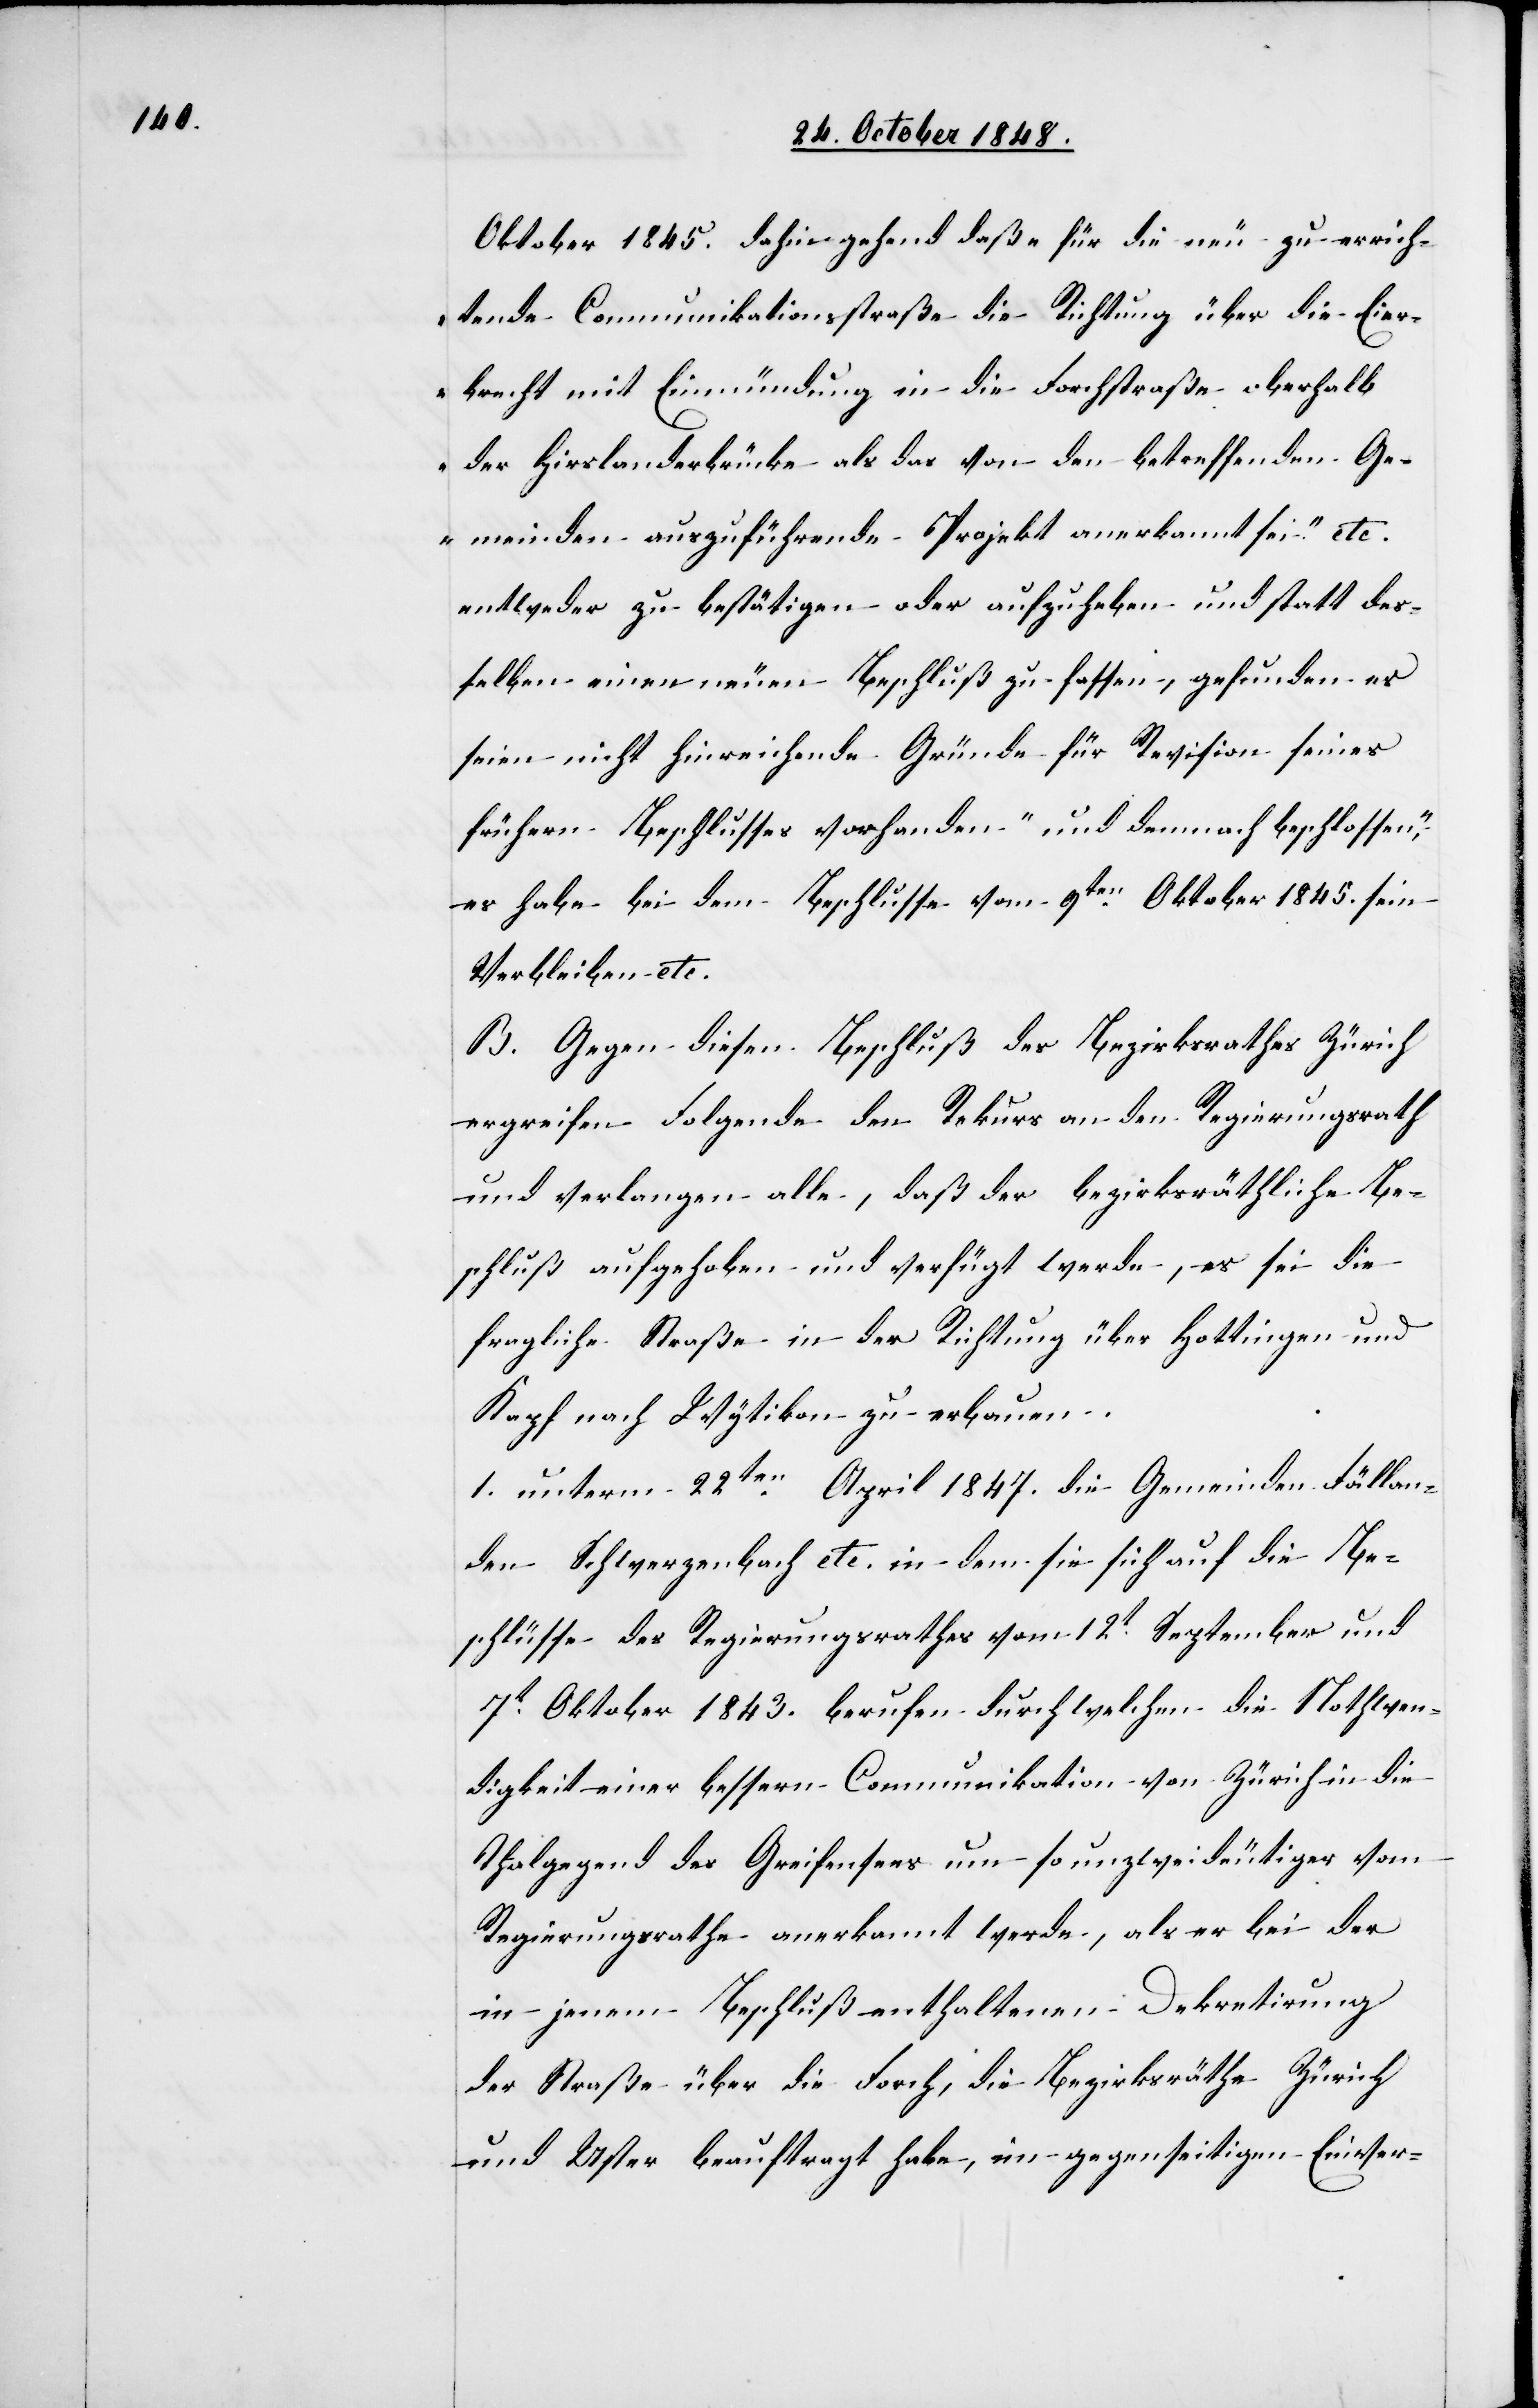
Oktober 1845. dahin gehend daß „für die neu zu errich¬
tende Communikationsstraße die Richtung über die Eier¬
brecht mit Einmündung in die Forchstraße oberhalb
der Hirslanderbrücke als das von den betreffenden Ge¬
meinden anzuführende Projekt anerkannt sei.“ etc.
entweder zu bestätigen, oder aufzuheben und statt des¬
selben einen neuen Beschluß zu fassen, gefunden es
seien nicht hinreichende Gründe für Revision seines
frühern Beschlusses vorhanden „und demnach beschlossen,“
es habe bei dem Beschlusse vom 9ten Oktober 1845. sein
Verbleiben etc.
B. Gegen diesen Beschluß des Bezirksrathes Zürich
ergreifen Folgende den Rekurs an den Regierungsrath
und verlangen alle, daß der bezirksräthliche Be¬
schluß aufgehoben und verfügt werde, es sei die
fragliche Straße in der Richtung über Hottingen und
Kapf nach Wytikon zu erbauen.
1. unterm 22ten April 1847. die Gemeinden Fällan¬
den Schwerzenbach etc. in dem sie sich auf die Be¬
schlüsse des Regierungsrathes vom 12t September und
7t Oktober 1843. berufen durch welchen die Nothwen¬
digkeit einer bessern Communikation von Zürich in die
Thalgegend des Greifensees um so unzweideutiger vom
Regierungsrathe anerkannt werde, als er bei der
in jenem Beschluß enthaltenen Dekretirung
der Straße über die Forch, die Bezirksräthe Zürich
und Uster beauftragt habe, im gegenseitigen Einver-